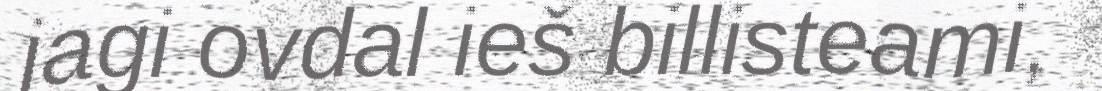
jagi ovdal ieš billisteami,